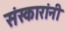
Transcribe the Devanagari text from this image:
संस्कारांनी